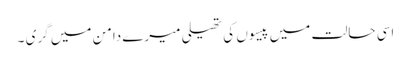
اسی حالت میں پیسوں کی تھیلی میرے دامن میں گری ۔